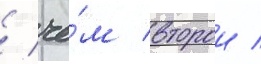
/ че́м второи /